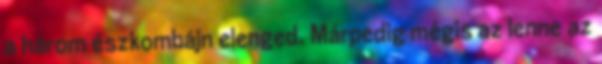
a három észkombájn elenged. Márpedig mégis az lenne az